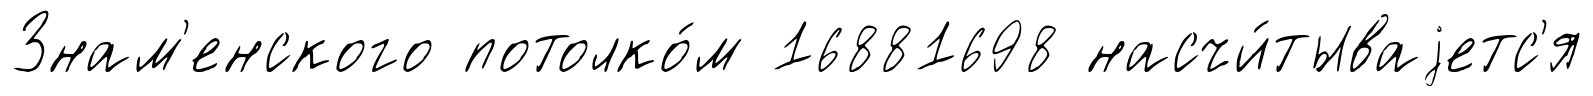
Знам'енского потолко́м 16881698 насчи́тываjетс'я